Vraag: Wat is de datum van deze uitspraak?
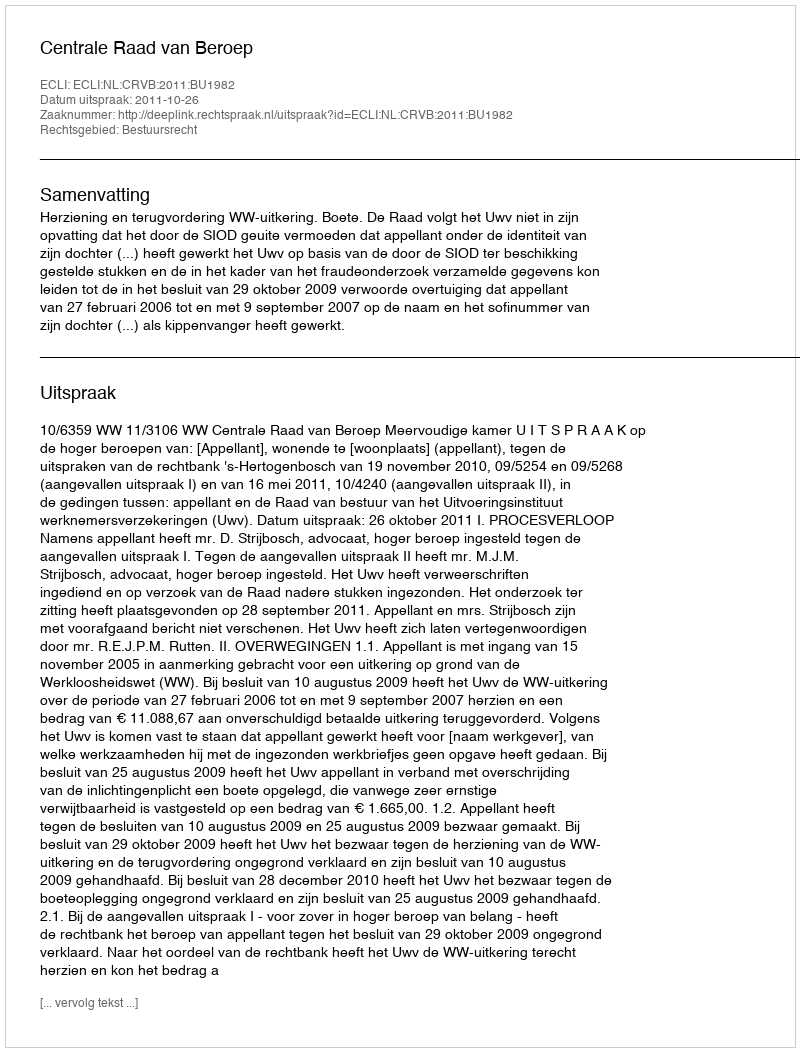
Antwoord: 2011-10-26